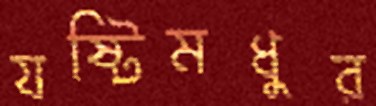
যষ্টিমধুর